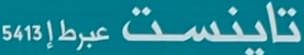
تایینست عبرط إ54